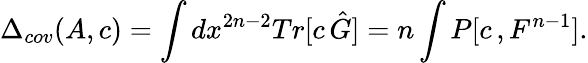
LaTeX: \Delta_{cov}(A,c)=\int dx^{2n-2}Tr[c\, \hat{G}]=n\int P[c\, ,F^{n-1}].